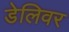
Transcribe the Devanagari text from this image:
डेलिवर